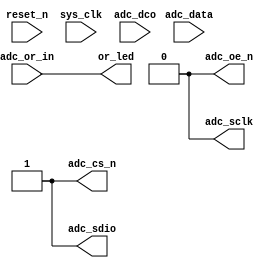
`timescale 1ns/1ps
// Sample the data in Channel A
// The AD chip is AD9254 with the lowest conversion rate being 10 MSPS and
// the highest being 150 MSPS
module adc (

    input           reset_n,
    input           sys_clk, // Keep sys_clk as the same frequency as adc_dco

    input           adc_dco,
    input [13:0]    adc_data,
    output          adc_oe_n,
    input           adc_or_in,

    output          or_led,
    output          adc_sclk,
    output          adc_sdio,
    output          adc_cs_n
);

// Signals
reg [13:0]          adc_data_r1, adc_data_r2/*synthesis keep*/;
reg [13:0]          adc_usr/*synthesis keep*/;
assign adc_sclk = 1'b0; // Data format is Binary
assign adc_sdio = 1'b1; // Enable DCS
assign adc_cs_n = 1'b1;
assign adc_oe_n = 1'b0; // Enable ADC output
assign or_led = adc_or_in; // Indicator of out of range

always @(posedge adc_dco or negedge reset_n) begin
    if(~reset_n) begin
         adc_data_r1 <= 'h0;
         adc_data_r2 <= 'h0;
    end else begin
         adc_data_r1 <= adc_data;
         adc_data_r2 <= adc_data_r1;
    end
end

always @(posedge sys_clk or negedge reset_n) begin
    if(~reset_n) begin
         adc_usr <= 0;
    end else begin
         adc_usr <= adc_data_r2;
    end
end

endmodule